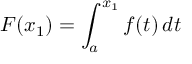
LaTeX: F ( x _ { 1 } ) = \int _ { a } ^ { x _ { 1 } } f ( t ) \, d t